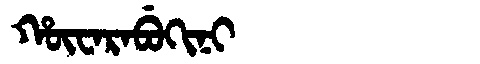
Manchu: ᡥᡡᠸᠠᡵᠠᠪᡠᡴᡳᠨᡳ
Romanization: HŪWARABUKINI